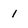
Character: 1